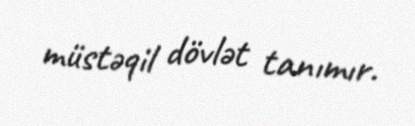
müstəqil dövlət tanımır.